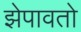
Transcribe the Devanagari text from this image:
झेपावतो